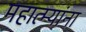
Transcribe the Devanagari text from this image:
महात्म्यांना